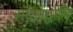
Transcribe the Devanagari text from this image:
सदसद्वापि